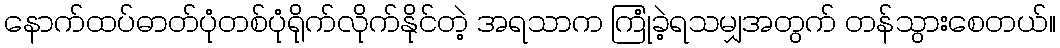
နောက်ထပ်ဓာတ်ပုံတစ်ပုံရိုက်လိုက်နိုင်တဲ့ အရသာက ကြုံခဲ့ရသမျှအတွက် တန်သွားစေတယ်။